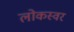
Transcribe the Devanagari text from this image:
लोकस्वर